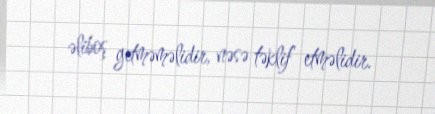
əliboş getməməlidir, nəsə təklif etməlidir.